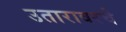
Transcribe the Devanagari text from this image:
उतारावरचे